Insane asylums Bombay 1873-77 - 1873-1877
Year: 1873
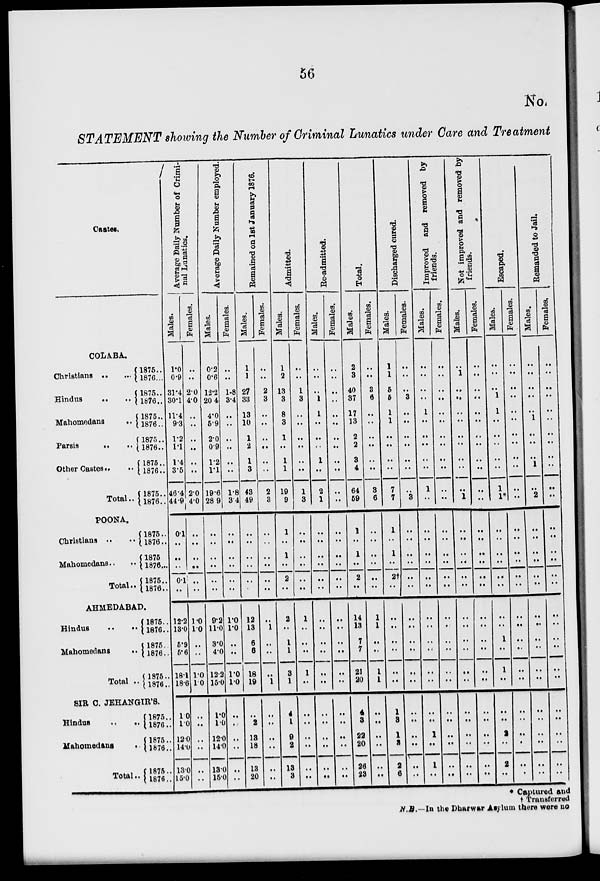
56
No.
STATEMENT showing the Number of Criminal Lunatics under Care and Treatment
Castes.
COLABA.
Christians
..
..
Hindus
..
..
Mahomedans
..
Parsis
..
..
Other Castes.. ..
Total..
1875..
1876..
1875..
1876..
1875..
1876..
1875..
1876..
1875..
1876..
1875..
1876..
POONA.
Christians .. ..
Mahomedans..
..
Total..
1875..
1876..
1875..
1876..
1875..
1876..
AHMEDABAD.
Hindus
..
..
Mahomedans
..
Total ..
1875..
1876..
1875..
1876..
1875..
1876..
SIR C. JEHANGIR'S.
Hindus
..
..
Mahomedans
..
Total ..
1875..
1876..
1875..
1876..
1875..
1876..
Average Daily Number of Crimi-
nal Lunatics.
Males.
1.0
0.9
31.4
30.1
11.4
9.3
1.2
1.1
1.4
3.5
46.4
44.9
0.1
..
..
..
0.1
..
12.2
13.0
5.9
5.6
18.1
186
1.0
1.0
12.0
14.0
13.0
15.0
Females.
..
..
2.0
4.0
..
..
..
..
..
..
2.0
4.0
..
..
..
..
..
..
1.0
1.0
..
..
1.0
1.0
..
..
..
..
..
..
Average Daily Number employed.
Males.
0.2
0.6
12.2
20.4
4.0
5.9
2.0
0.9
1.2
1.1
19.6
28.9
..
..
..
..
..
..
9.2
11.0
3.0
4.0
12.2
15.0
1.0
1.0
12.0
14.0
13.0
15.0
Females.
..
..
1.8
3.4
..
..
..
..
..
..
1.8
3.4
..
..
..
..
..
..
1.0
1.0
..
..
1.0
1.0
..
..
..
..
..
..
Remained on 1st January 1876.
Males.
1
1
27
33
13
10
1
2
1
3
43
49
..
..
..
..
..
..
12
13
6
6
18
19
..
2
13
18
13
20
Females.
..
..
2
3
..
..
..
..
..
..
2
3
..
..
..
..
..
..
..
1
..
..
..
1
..
..
..
..
..
..
Admitted.
Males.
1
2
13
3
8
3
1
..
1
1
19
9
1
..
1
..
2
..
2
..
1
1
3
1
4
1
9
2
13
3
Females.
..
..
1
3
..
..
..
..
..
..
1
3
..
..
..
..
..
..
1
..
..
..
1
..
..
..
..
..
..
..
Re-admitted.
Males.
..
..
..
1
1
..
..
..
1
..
2
1
..
..
..
..
..
..
..
..
..
..
..
..
..
..
..
..
..
..
Females.
..
..
..
..
..
..
..
..
..
..
..
..
..
..
..
..
..
..
..
..
..
..
..
..
..
..
..
..
..
..
..
Total.
Males.
2
3
40
37
17
13
2
2
3
4
64
59
..
1
..
1
..
2
..
14
13
7
7
21
20
4
3
22
20
26
23
Females.
..
..
3
6
..
..
..
..
..
..
3
6
..
..
..
..
..
..
..
1
1
..
..
1
1
..
..
..
..
..
..
Discharged cured.
Males.
1
1
5
5
1
1
..
..
..
..
7
7
..
1
..
1
..
2†
..
..
..
..
..
..
..
1
3
1
3
2
6
Females.
..
..
..
3
..
..
..
..
..
..
..
3
..
..
..
..
..
..
..
..
..
..
..
..
..
..
..
..
..
..
..
Improved and removed by
friends.
Males.
..
..
..
..
1
..
..
..
..
..
1
..
..
..
..
..
..
..
..
..
..
..
..
..
..
..
..
1
..
1
..
Females.
..
..
..
..
..
..
..
..
..
..
..
..
..
..
..
..
..
..
..
..
..
..
..
..
..
..
..
..
..
..
..
Not improved and removed by
friends.
Males.
..
1
..
..
..
..
..
..
..
..
..
1
..
..
..
..
..
..
..
..
..
..
..
..
..
..
..
..
..
..
..
Females.
..
..
..
..
..
..
..
..
..
..
..
..
..
..
..
..
..
..
..
..
..
..
..
..
..
..
..
..
..
..
..
Escaped.
Males.
..
..
..
1
1
..
..
..
..
..
1
1*
..
..
..
..
..
..
..
..
..
..
1
..
1
..
..
..
..
2
..
2
..
Females.
..
..
..
..
..
..
..
..
..
..
..
..
..
..
..
..
..
..
..
..
..
..
..
..
..
..
..
..
..
..
..
..
..
Remanded to Jail.
Males.
..
..
..
..
..
1
..
..
..
1
..
2
..
..
..
..
..
..
..
..
..
..
..
..
..
..
..
..
..
..
..
..
..
Females.
..
..
..
..
..
..
..
..
..
..
..
..
..
..
..
..
..
..
..
..
..
..
..
..
..
..
..
..
..
..
..
..
..
..
* Captured and
† Transferred
N.B.—In the Dharwar Asylum there were no